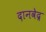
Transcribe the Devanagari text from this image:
दानवेद्र